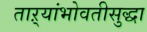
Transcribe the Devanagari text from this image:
ताऱ्यांभोवतीसुद्धा